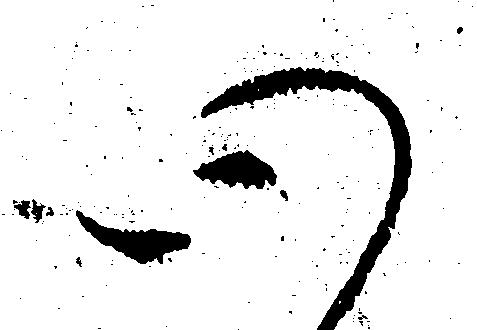
心